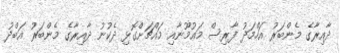
ދާއިރާގެ މެންބަރު އަހްމަދު ފާރިސް މައުމޫނާއި މައްޗަށްގޮޅި ދެކުނު ދާއިރާގެ މެންބަރު އަބްދު